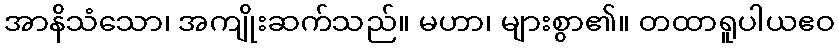
အာနိသံသော၊ အကျိုးဆက်သည်။ မဟာ၊ များစွာ၏။ တထာရူပါယဧဝ